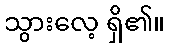
သွားလေ့ ရှိ၏။